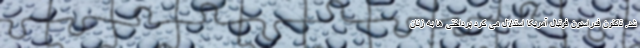
شد. تاکنون فدراسیون فوتبال آمریکا استدلال می کرد پرداختی ها به زنان